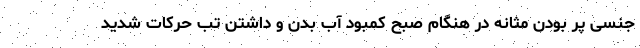
جنسی پر بودن مثانه در هنگام صبح کمبود آب بدن و داشتن تب حرکات شدید